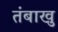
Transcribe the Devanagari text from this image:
तंबाखु